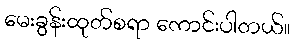
မေးခွန်းထုတ်စရာ ကောင်းပါတယ်။